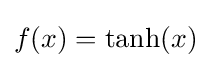
f(x)=\tanh(x)